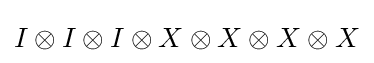
I\otimes I\otimes I\otimes X\otimes X\otimes X\otimes X